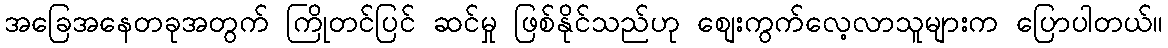
အခြေအနေတခုအတွက် ကြိုတင်ပြင် ဆင်မှု ဖြစ်နိုင်သည်ဟု စျေးကွက်လေ့လာသူများက ပြောပါတယ်။